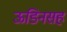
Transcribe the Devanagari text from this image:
ऊडिनसह